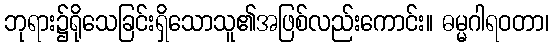
ဘုရား၌ရိုသေခြင်းရှိသောသူ၏အဖြစ်လည်းကောင်း။ ဓမ္မဂါရဝတာ၊